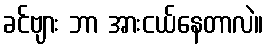
ခင်ဗျား ဘာ အားငယ်နေတာလဲ။